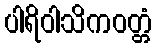
ပါရိဝါသိကဝတ္တံ